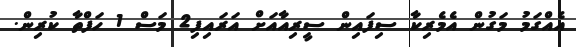
އެއްގަމު މަގުން އެމެރިކާ ސިފައިން ސީރިއާއަށް އަރައިފި2 މަސް 1 ހަފްތާ ކުރިން.